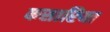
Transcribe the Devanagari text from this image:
कसारिया